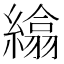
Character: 𦅖